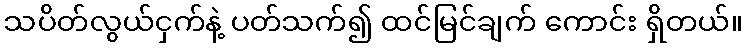
သပိတ်လွယ်ငှက်နဲ့ ပတ်သက်၍ ထင်မြင်ချက် ကောင်း ရှိတယ်။